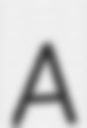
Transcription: A